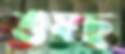
শুষছ